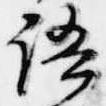
語